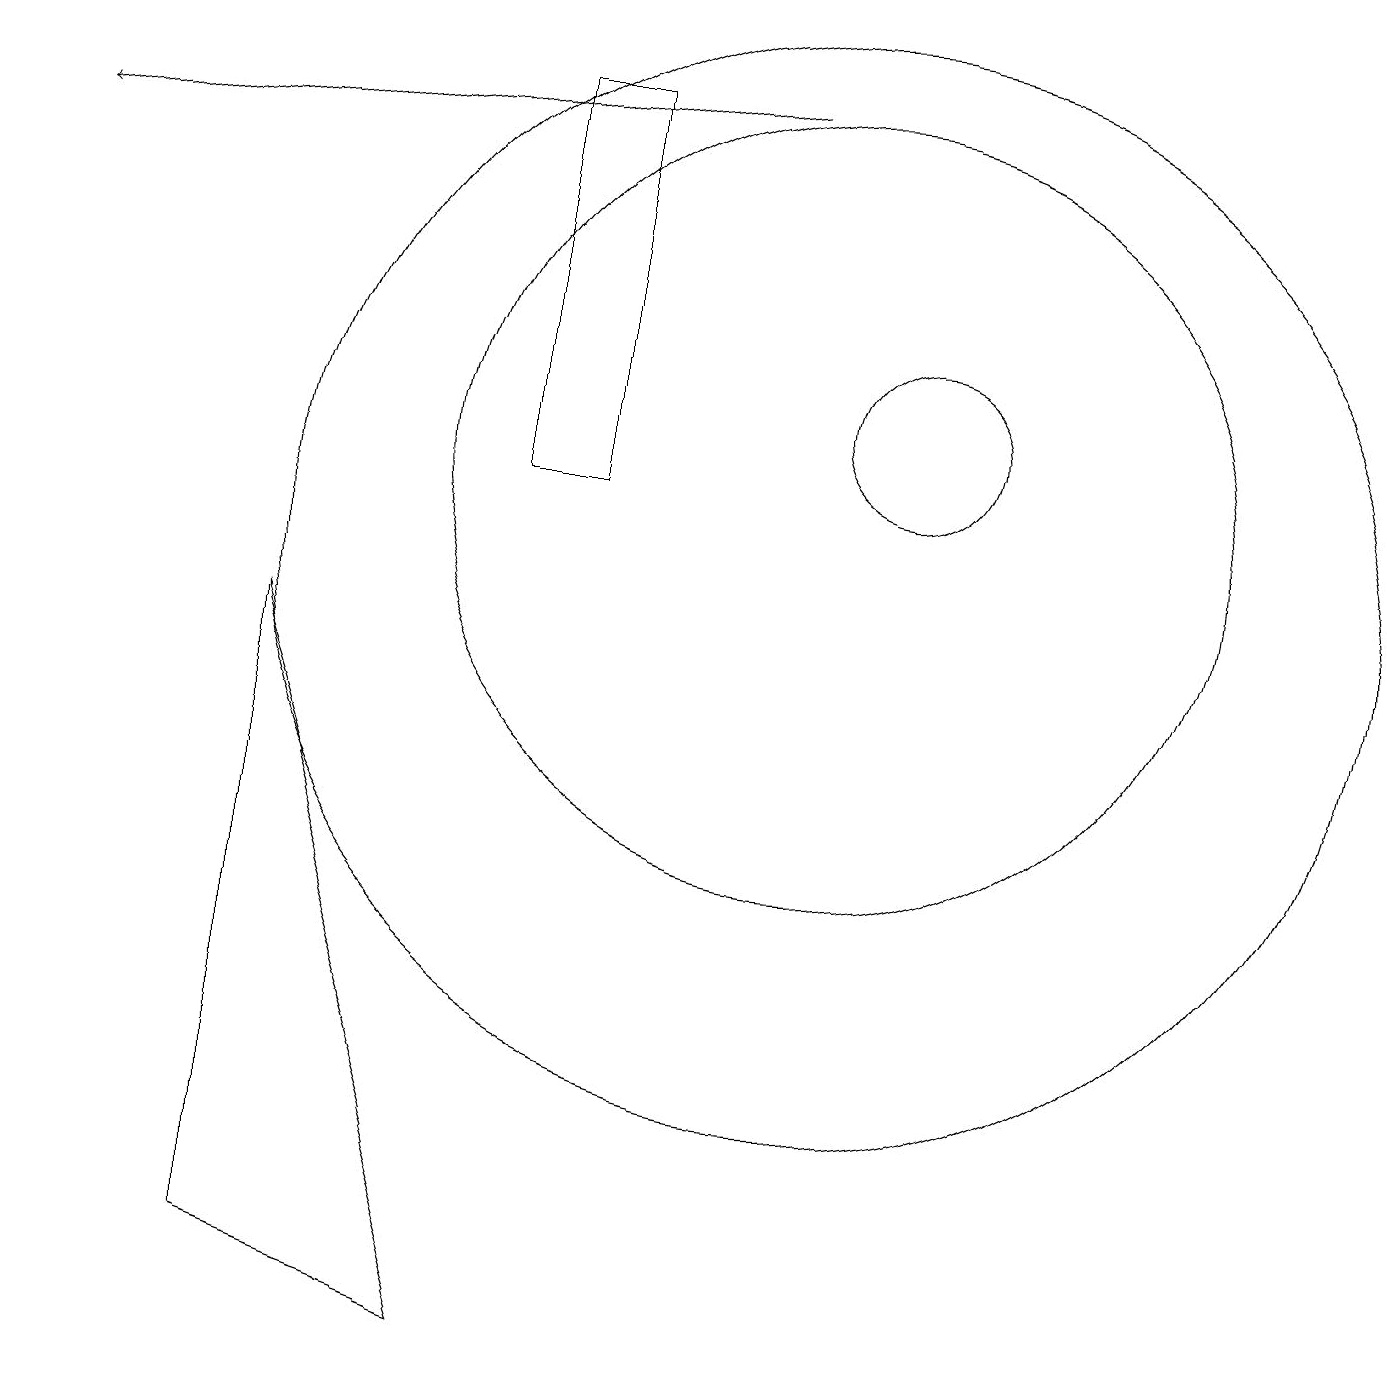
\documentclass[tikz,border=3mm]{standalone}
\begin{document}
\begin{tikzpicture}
\draw (3,1) -- (3,9) -- (6,0) -- cycle;
\draw[->] (9,16) -- (0,15);
\draw (7,11) rectangle (6,16);
\draw (10,11) circle (5);
\draw (11,12) circle (1);
\draw (10,10) circle (7);
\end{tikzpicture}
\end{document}